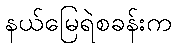
နယ်မြေရဲစခန်းက